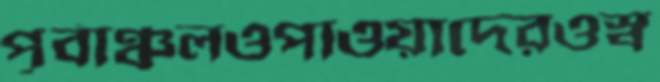
পূর্বাঞ্চলওপাওয়াদেরওস্ব